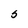
Character: S